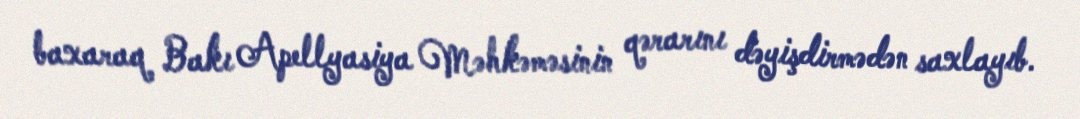
baxaraq Bakı Apellyasiya Məhkəməsinin qərarını dəyişdirmədən saxlayıb.